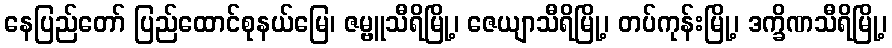
နေပြည်တော် ပြည်ထောင်စုနယ်မြေ၊ ဇမ္ဗူသီရိမြို့၊ ဇေယျာသီရိမြို့၊ တပ်ကုန်းမြို့၊ ဒက္ခိဏသီရိမြို့၊